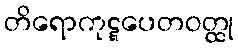
တိရောကုဋ္ဋပေတဝတ္ထု